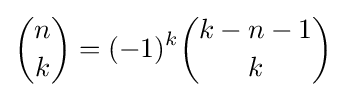
{{n \choose k}=(-1)^{k}{k-n-1 \choose k}}